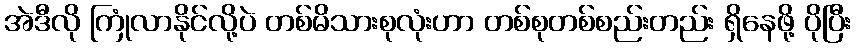
အဲဒီလို ကြုံလာနိုင်လို့ပဲ တစ်မိသားစုလုံးဟာ တစ်စုတစ်စည်းတည်း ရှိနေဖို့ ပိုပြီး